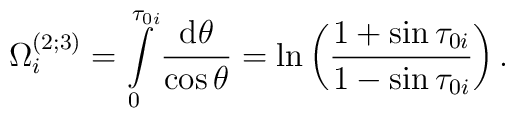
\Omega_i^{(2;3)} =\int\limits_0^{\tau_{0i}} \frac{\mbox{d}\theta}{\cos\theta}=  \ln\left(\frac{1+\sin\tau_{0i}}{1-\sin\tau_{0i}} \right) .